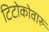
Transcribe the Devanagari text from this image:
टिटोकोवारु